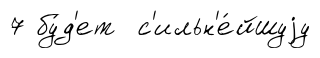
7 бу́д'ет с'ильн'е́йшуjу